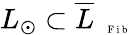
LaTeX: L_{\odot}\subset\overline{{L}}_{\mathrm{~\tiny~\textnormal~{~F~i~b~}~}}